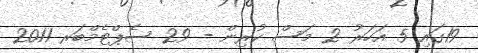
19ގައި 5 އަހަރު 2 މަސް ކުރިން - 29 ސެޕްޓެމްބަރ 2011